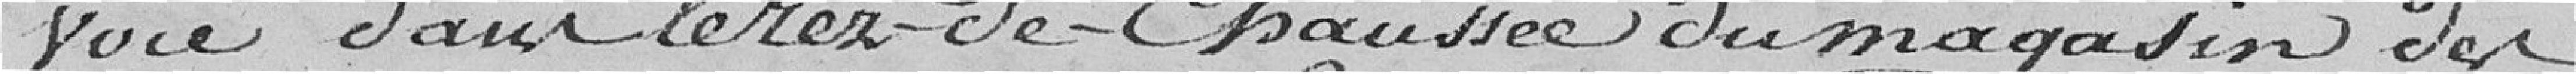
voie dans le rez-de-chaussée du magasin des